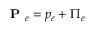
\textbf { P } _ { e } = p _ { e } + \Pi _ { e }